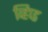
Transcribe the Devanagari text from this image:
व्हिप्ड